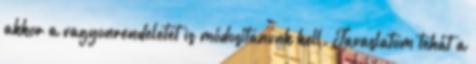
akkor a vagyonrendeletet is módosítanunk kell. Javaslatom tehát a